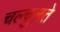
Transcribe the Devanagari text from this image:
चल्चुलते